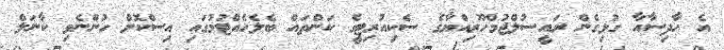
އެ ހާދިސާއާ ގުޅިގެން ރައީސުލްޖުމްހޫރިއްޔާގެ ސެކިއުރިޓީގެ ކަންތައް ބެލެހެއްޓުމުގައި އިސްކޮށް ހުންނެވި ކާނަލް